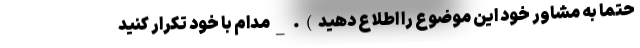
حتما به مشاور خود این موضوع را اطلاع دهید). _مدام با خود تکرار کنید